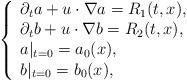
LaTeX: \begin{align*} \left\{\begin{array}{ll}\partial_t a+u\cdot\nabla a=R_1(t,x),\\\partial_t b+u\cdot\nabla b=R_2(t,x),\\a|_{t=0}=a_0(x),\\b|_{t=0}=b_0(x),\end{array}\right.\end{align*}